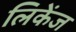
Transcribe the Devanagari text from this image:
लिकेंज